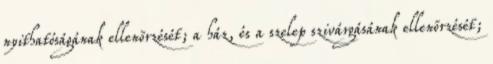
nyithatóságának ellenõrzését; a ház, és a szelep szivárgásának ellenõrzését;